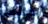
احلق